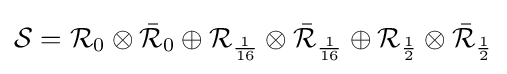
{\mathcal {S}}={\mathcal {R}}_{0}\otimes {\bar {\mathcal {R}}}_{0}\oplus {\mathcal {R}}_{\frac {1}{16}}\otimes {\bar {\mathcal {R}}}_{\frac {1}{16}}\oplus {\mathcal {R}}_{\frac {1}{2}}\otimes {\bar {\mathcal {R}}}_{\frac {1}{2}}